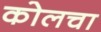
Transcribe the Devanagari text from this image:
कोलचा